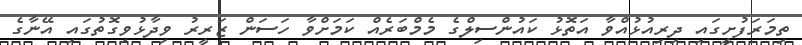
ތިމަރަފުށީގައި ދިރިއުޅުއްވާ އަތޮޅު ކައުންސިލްގެ މެމްބަރެއް ކަމަށްވާ ހަސަން ޒަރީރު ވިދާޅުވިގޮތުގައި އޭނާގެ